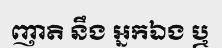
ញាតិ នឹង អ្នកឯង ឬ